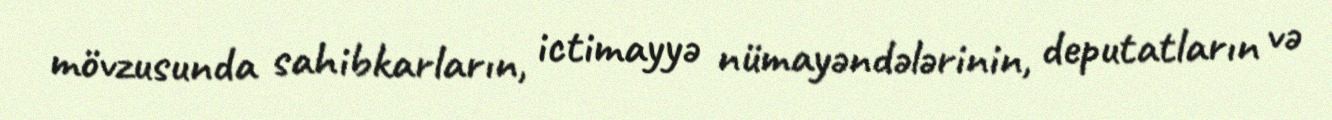
mövzusunda sahibkarların, ictimayyə nümayəndələrinin, deputatların və